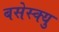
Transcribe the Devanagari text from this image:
बसेस्क्यु